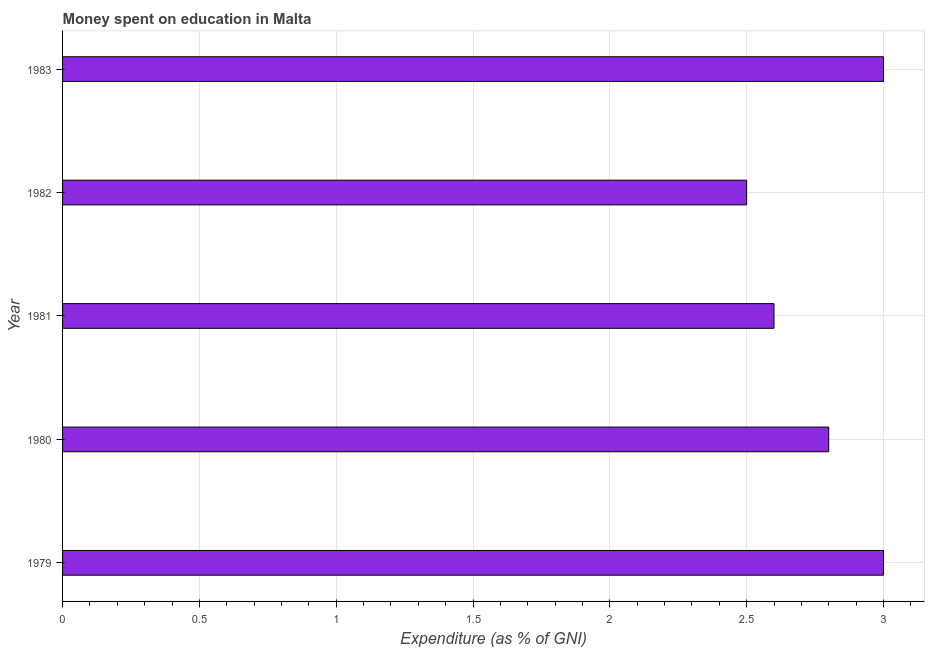
| Year | Education expenditure |
 | --- | --- |
 | 1979 | 3 |
 | 1980 | 2.8 |
 | 1981 | 2.6 |
 | 1982 | 2.5 |
 | 1983 | 3 |